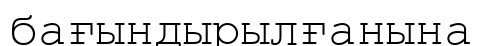
бағындырылғанына